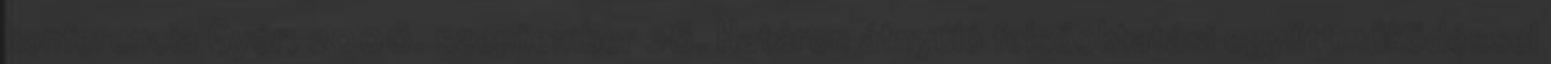
konferencia Győr, 2006. szeptember 26. Határon átnyúló felsőoktatási együttműködéssel